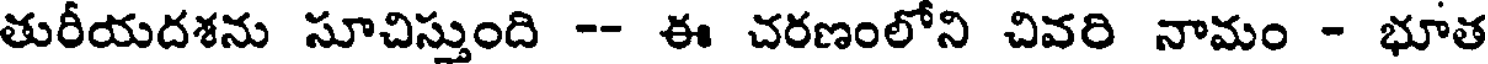
తురీయదశను సూచిస్తుంది -- ఈ చరణంలోని చివరి నామం - భూత